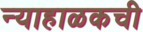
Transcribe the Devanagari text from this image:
न्याहाळकची